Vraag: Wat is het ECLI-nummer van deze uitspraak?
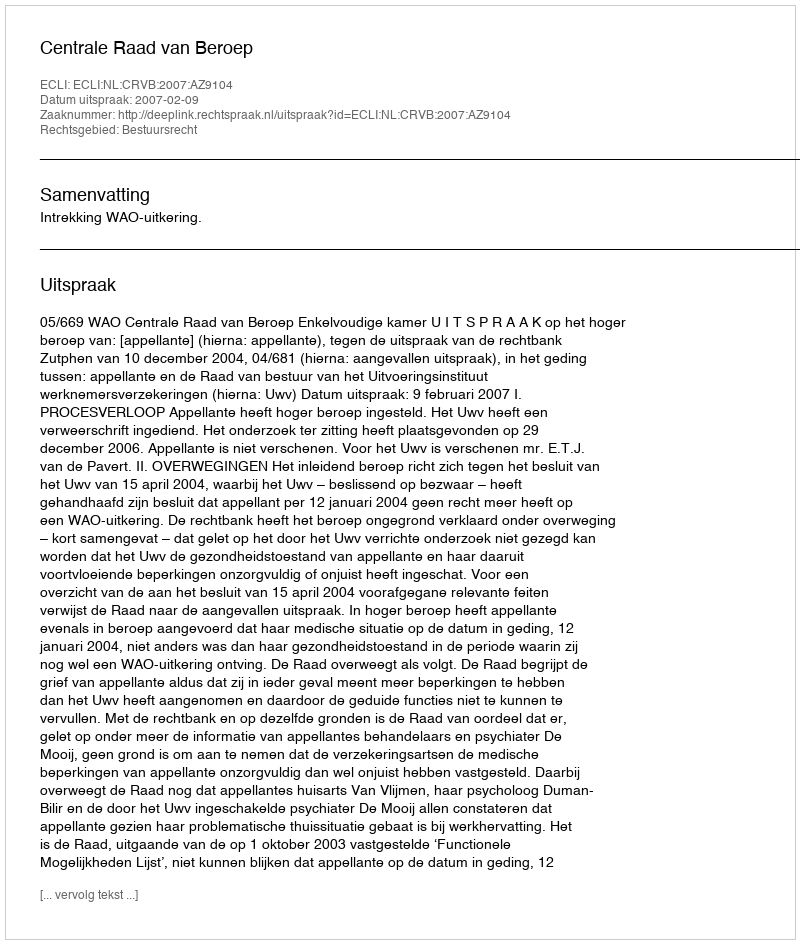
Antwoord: ECLI:NL:CRVB:2007:AZ9104